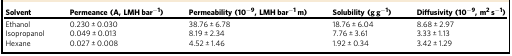
<table><thead><tr><td><b>Solvent</b></td><td><b>Permeance (A, LMH bar<sup>−1</sup>)</b></td><td><b>Permeability (10<sup>−9</sup>, LMH bar<sup>−1</sup> m)</b></td><td><b>Solubility (g g<sup>−1</sup>)</b></td><td><b>Diffusivity (10<sup>−9</sup>, m<sup>2</sup> s<sup>−1</sup>)</b></td></tr></thead><tbody><tr><td>Ethanol</td><td>0.230 ± 0.030</td><td>38.76 ± 6.78</td><td>18.76 ± 6.04</td><td>8.68 ± 2.97</td></tr><tr><td>Isopropanol</td><td>0.049 ± 0.013</td><td>8.19 ± 2.34</td><td>7.76 ± 3.61</td><td>3.33 ± 1.13</td></tr><tr><td>Hexane</td><td>0.027 ± 0.008</td><td>4.52 ± 1.46</td><td>1.92 ± 0.34</td><td>3.42 ± 1.29</td></tr></tbody></table>